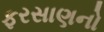
ફરસાણનો